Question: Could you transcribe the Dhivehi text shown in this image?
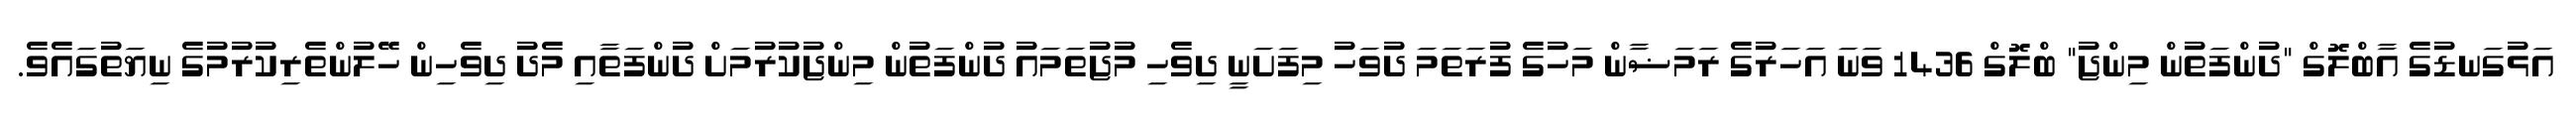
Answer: އަޅުގަނޑުގެ އާބްލޮގް "ދުންފަތުން މިންޖު" ބްލޮގް 1436 ވަނަ އަހަރުގެ ރަމަޟާން މަހުގެ ފުރަތަމަ ދުވަހު މިފަށަނީ ދިވެހި މުޖުތަމައު ދުންފަތުން މިންޖުކުރުމަށް ދުންފަތާއި މެދު ދިވެހިން ހޭލުންތެރިކުރުމުގެ ނިޔަތުގައެވެ.